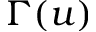
\Gamma ( u )